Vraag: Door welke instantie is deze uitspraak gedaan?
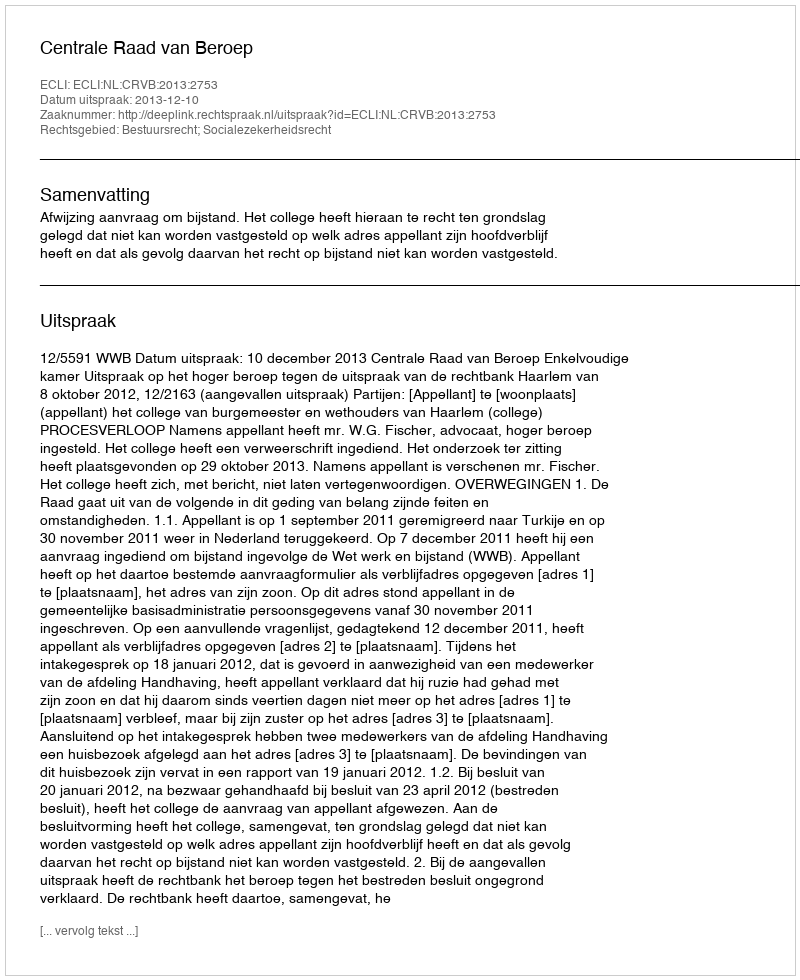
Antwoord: Centrale Raad van Beroep